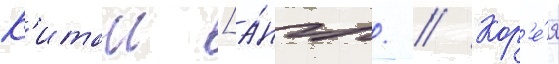
К'итаи [а́нгл. // Кор'е́я